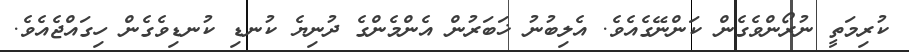
ކުރިމަތީ ނުރޯންވެގެން ކަންނޭގެއެވެ. އެލިބުނު ޚަބަރުން އެންމެންގެ ދުނިޔެ ކުނޑި ކުނޑިވެގެން ހިގައްޖެއެވެ.